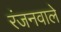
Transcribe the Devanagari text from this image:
रंजनवाले